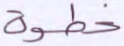
خطوة